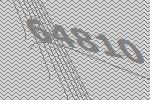
64810